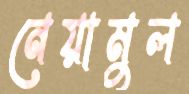
নেয়ামুল